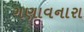
ગણાવનારા